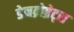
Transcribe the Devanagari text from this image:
डेनब्रोब्रेट्स